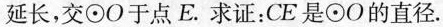
延长，交⊙O于点E。求证：CE是⊙O的直径。